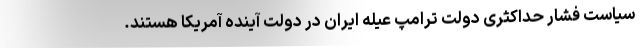
سیاست فشار حداکثری دولت ترامپ عیله ایران در دولت آینده آمریکا هستند.